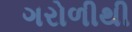
ગરોળીથી